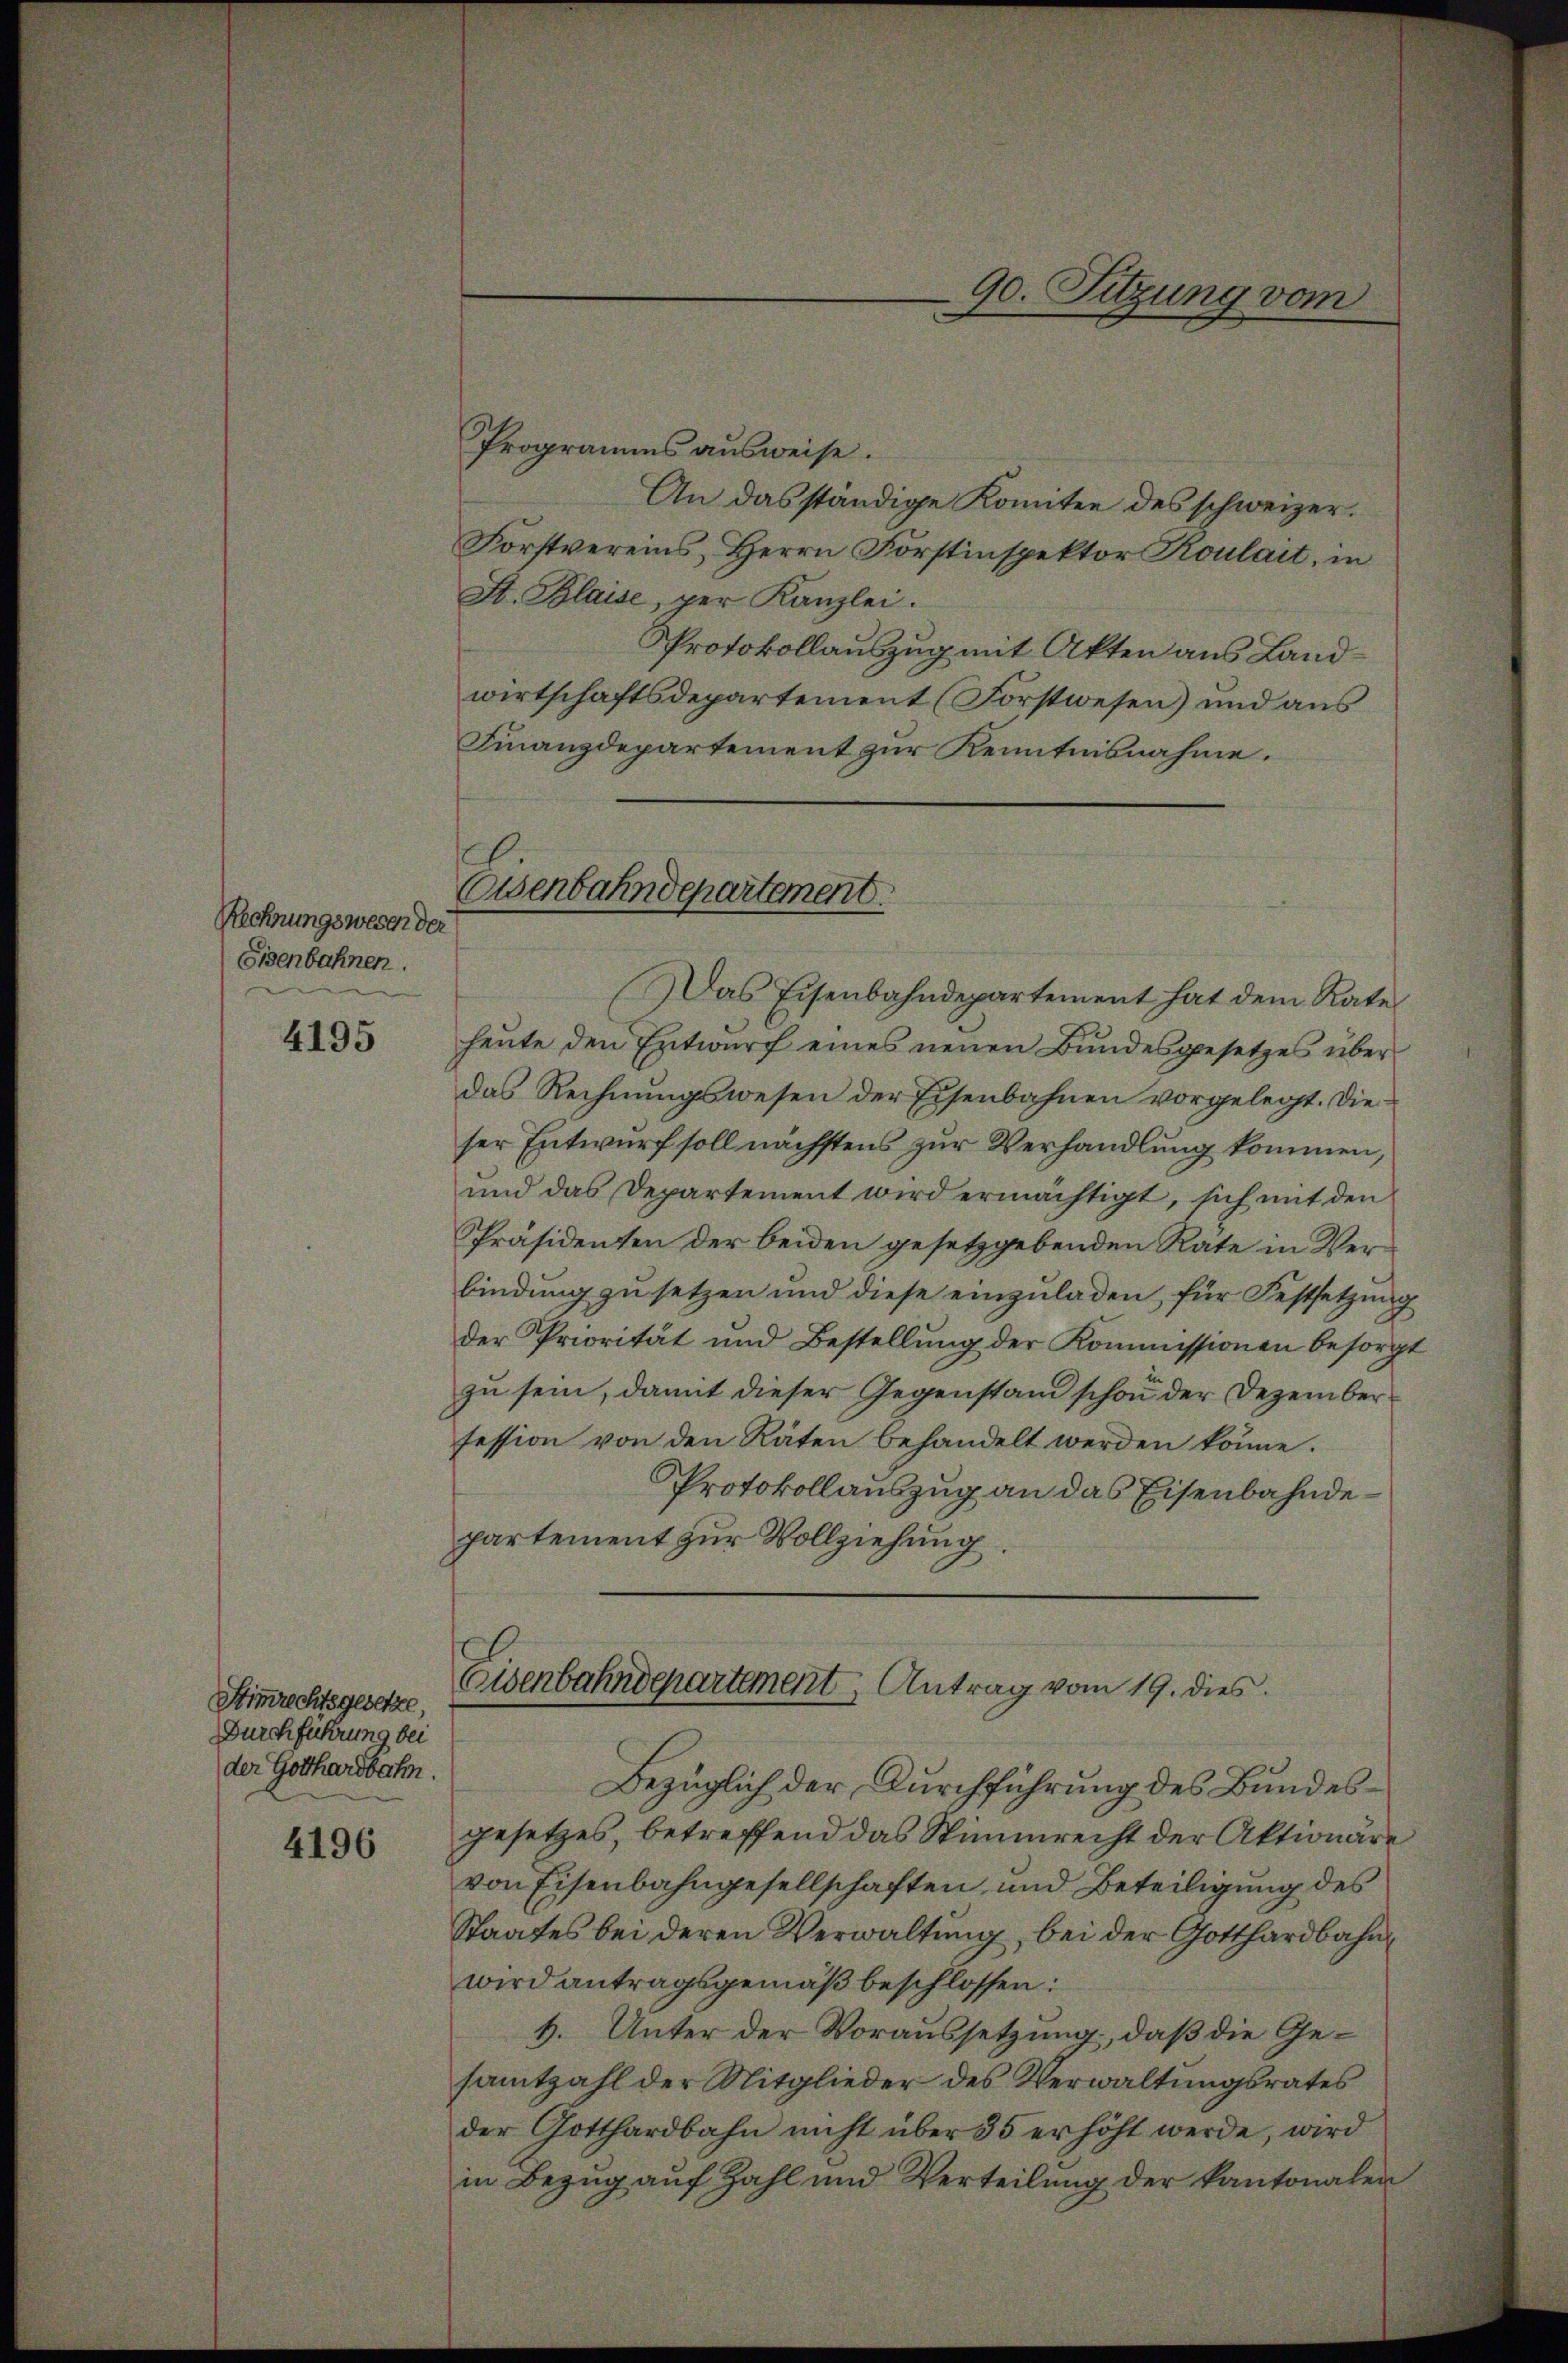
Rechnungsweser der
Eisenbahnen.

4195

Stimmrechtsgesetze,
Durchführung bei
der Gotthardbahn.

4196

Programms ausweise.
An das ständige Komitee des schweizer.
Forstvereins, Herrn Forstinspektor Roulait, in
St. Blaise, per Kanzlei.
Protokollauszug mit Akten aus Landwirtschaftsdepartement (Forstwesen) und aus
Finanzdepartement zur Kenntnisnahme.
Das Eisenbahndepartement hat dem Rate
heute den Entwurf eines neuen Bundesgesetzes über
das Rechnŭngswesen der Eisenbahnen vorgelegt. Die
ser Entwurf soll nächstens zur Verhandlung kommen,
und das Departement wird ermächtigt, sich mit den
Präsidenten der beiden gesetzgebenden Rate in Verbindung zu setzen und diese einzuladen, für Festsetzung
der Priorität und Bestellung der Kommissionen besorgt
zu sein, damit dieser Gegenstand schon der Dezember
fession von den Räten behandelt werden könne.
Protokollauszug an das Eisenbahndepartement zur Vollziehung.

Eisenbahndepartement.

90. Sitzung vom

Eisenbahndepartement Antrag vom 19. dies

Bezüglich der Durchführung des Bundesgesetzes, betreffend das Stimmrecht der Aktionäre
von Eisenbahngesellschaften und Beteiligung des
Staates bei deren Verwaltung, bei der Gotthardbahn
wird antragsgemäß beschlossen:
H. Unter der Voraussetzung, daß die Gesamtzahl der Mitglieder des Verwaltungsrates
der Gotthardbahn nicht über 35 erhöht werde, wird
in Bezug auf Zahl und Verteilŭng der kantonalen